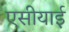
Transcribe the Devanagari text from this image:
एसीयाई